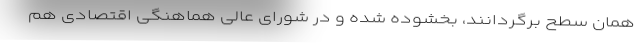
همان سطح برگردانند، بخشوده شده و در شورای عالی هماهنگی اقتصادی هم